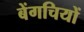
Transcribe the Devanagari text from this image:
बेंगचियों